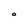
Character: 0